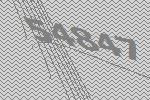
54847